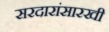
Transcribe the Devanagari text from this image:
सरदारांसारखी